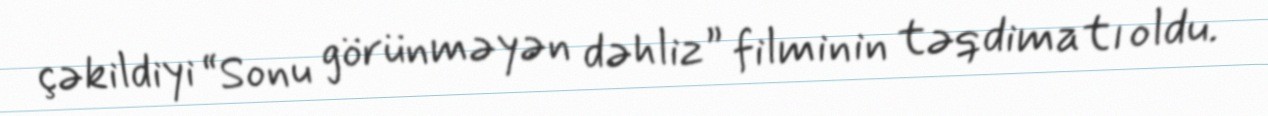
çəkildiyi “Sonu görünməyən dəhliz” filminin təqdimatı oldu.